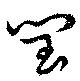
閠